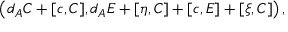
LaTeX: \left( d _ { A } C + [ c , C ] , d _ { A } E + [ \eta , C ] + [ c , E ] + [ \xi , C ] \right) ,